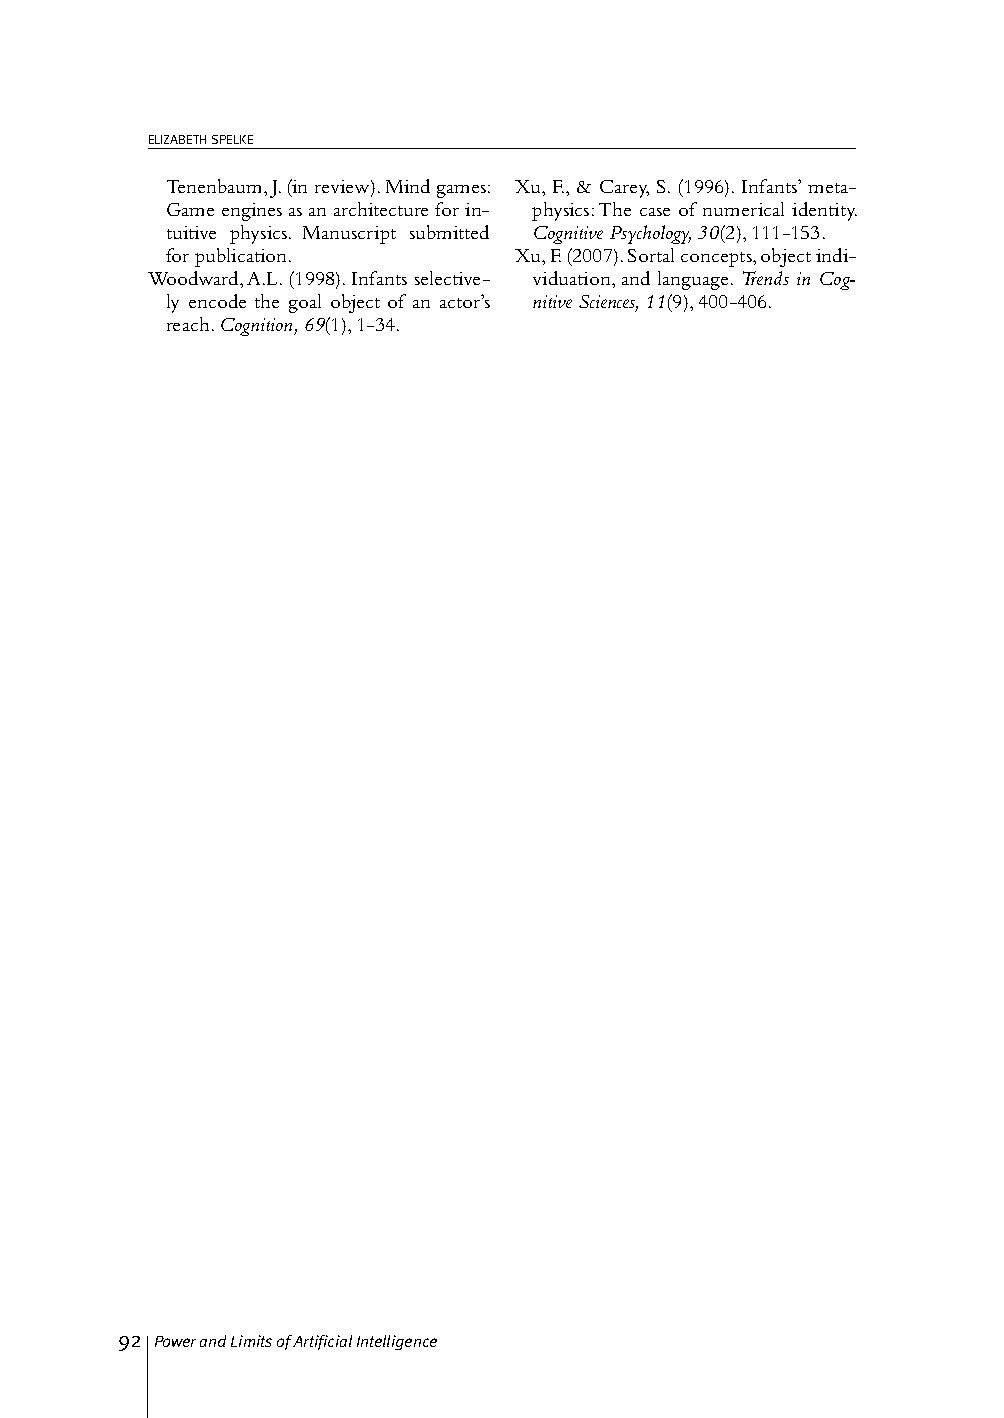
ELIZABETH SPELKE
 Tenenbaum, J. (in review). Mind games: Xu, F., & Carey, S. (1996). Infants’ meta-
 Game engines as an architecture for in- physics: The case of numerical identity.
 tuitive physics. Manuscript submitted Cognitive Psychology, 30(2), 111-153.
 for publication.       Xu, F. (2007). Sortal concepts, object indi-
 Woodward, A.L. (1998). Infants selective- viduation, and language. Trends in Cog-
 ly encode the goal object of an actor’s nitive Sciences, 11(9), 400-406.
 reach. Cognition, 69(1), 1-34.
 92 Power and Limits of Artificial Intelligence